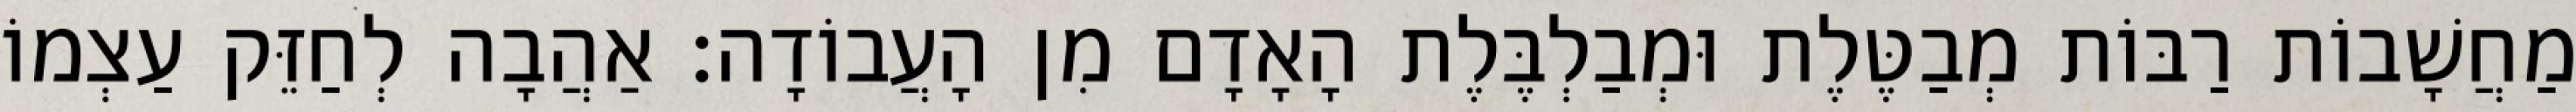
מַחֲשָׁבוֹת רַבּוֹת מְבַטֶּלֶת וּמְבַלְבֶּלֶת הָאָדָם מִן הָעֲבוֹדָה: אַהֲבָה לְחַזֵּק עַצְמוֹ